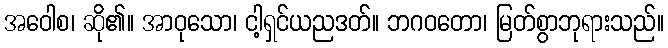
အဝေါစ၊ ဆို၏။ အာဝုသော၊ ငါ့ရှင်ယညဒတ်။ ဘဂဝတော၊ မြတ်စွာဘုရားသည်။